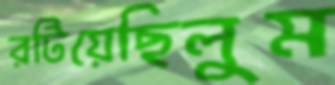
রটিয়েছিলুম